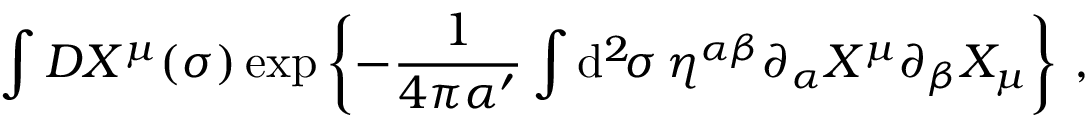
\int { \cal D } X ^ { \mu } ( \sigma ) \exp \left\{ - \frac { 1 } { 4 \pi \alpha ^ { \prime } } \int \mathrm { d } ^ { 2 } \! \sigma \, \eta ^ { \alpha \beta } \partial _ { \alpha } X ^ { \mu } \partial _ { \beta } X _ { \mu } \right\} \, ,